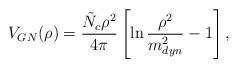
LaTeX: \begin{align*}V_{GN}(\rho)=\frac{\tilde{N}_c\rho^2}{4\pi}\left[\ln\frac{\rho^2}{m_{dyn}^2}-1\right],\end{align*}